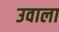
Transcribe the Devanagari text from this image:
उवाला